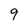
Character: 9